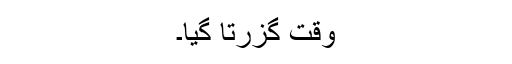
وقت گزرتا گیا۔